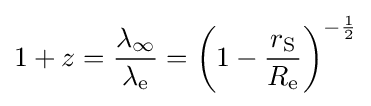
1+z={\frac {\lambda _{\infty }}{\lambda _{\text{e}}}}=\left(1-{\frac {r_{\text{S}}}{R_{\text{e}}}}\right)^{-{\frac {1}{2}}}